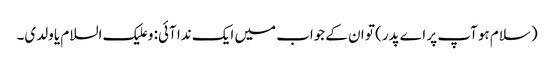
(سلام ہو آپ پر اے پدر) تو ان کے جواب میں ایک ندا آئی: و علیک السلام یا ولدی۔